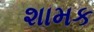
શામક